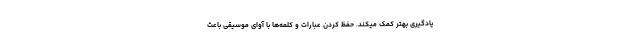
یادگیری بهتر کمک میکند. حفظ کردن عبارات و کلمه‌ها با آوای موسیقی باعث